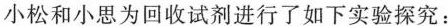
小松和小思为回收试剂进行了如下实验探究：